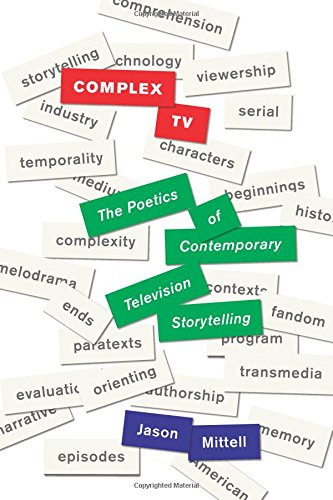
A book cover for Complex TV: The Poetics of Contemporary Television Storytelling; Jason Mittell; Humor & Entertainment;